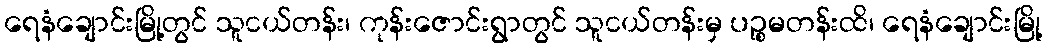
ရေနံချောင်းမြို့တွင် သူငယ်တန်း၊ ကုန်းဇောင်းရွာတွင် သူငယ်တန်းမှ ပဉ္စမတန်းထိ၊ ရေနံချောင်းမြို့